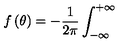
f \left( \theta \right) = - \frac { 1 } { 2 \pi } \int _ { - \infty } ^ { + \infty }